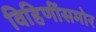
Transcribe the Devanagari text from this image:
विहिणींसमोर